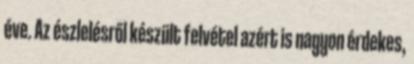
éve. Az észlelésről készült felvétel azért is nagyon érdekes,